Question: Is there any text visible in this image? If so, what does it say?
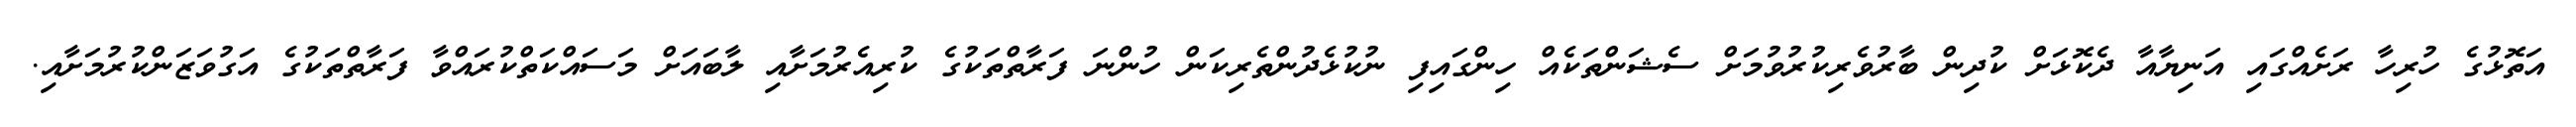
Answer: އަތޮޅުގެ ހުރިހާ ރަށެއްގައި އަނިޔާއާ ދެކޮޅަށް ކުދިން ބާރުވެރިކުރުވުމަށް ސެޝަންތަކެއް ހިންގައިފި ނުކުޅެދުންތެރިކަން ހުންނަ ފަރާތްތަކުގެ ކުރިއެރުމަށާއި ލާބައަށް މަސައްކަތްކުރައްވާ ފަރާތްތަކުގެ އަގުވަޒަންކުރުމަށާއި.